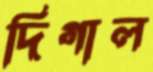
দিগাল